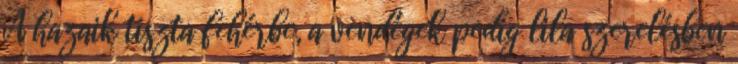
A hazaik tiszta fehérbe, a vendégek pedig lila szerelésben